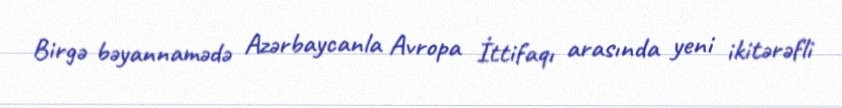
Birgə bəyannamədə Azərbaycanla Avropa İttifaqı arasında yeni ikitərəfli